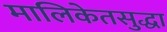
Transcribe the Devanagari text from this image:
मालिकेतसुद्धा